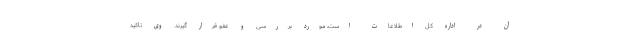
آن در اداره کل اطلاعات است، مورد بررسی و عفو قرار گیرند. وی تاکید